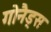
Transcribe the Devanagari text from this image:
गोनैड्स